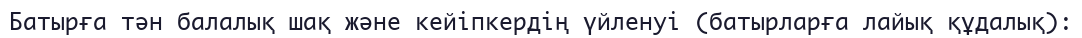
Батырға тән балалық шақ және кейіпкердің үйленуі (батырларға лайық құдалық):